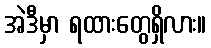
အဲဒီမှာ ရထားတွေရှိလား။